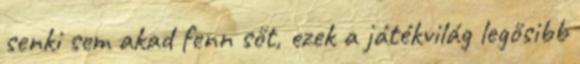
senki sem akad fenn sőt, ezek a játékvilág legősibb